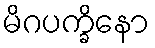
မိဂပက္ခိနော